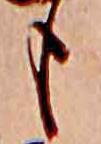
も